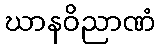
ဃာနဝိညာဏံ